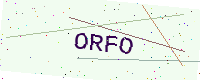
Text: ORFO